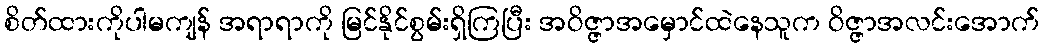
စိတ်ထားကိုပါမကျန် အရာရာကို မြင်နိုင်စွမ်းရှိကြပြီး အဝိဇ္ဇာအမှောင်ထဲနေသူက ဝိဇ္ဇာအလင်းအောက်